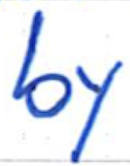
Text: by
Cross-out: clean
Writing tool: ballpoint